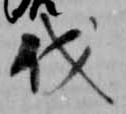
伐